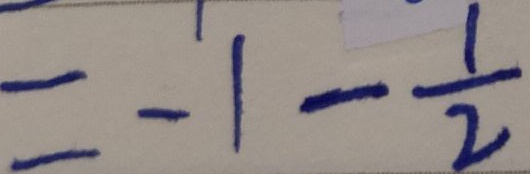
= - 1 - \frac { 1 } { 2 }